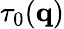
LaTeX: \tau_{0}(\textbf{q})